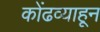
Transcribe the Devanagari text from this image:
कोंढव्याहून